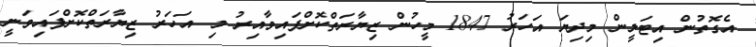
އެގޮތުން އިޓަލީން މިދިޔަ އަހަރު 1847 މީހުން ޒިޔާރަތްކޮށްފައިވާއިރު މި އަހަރު ޒިޔާރަތްކޮށްފައިވަނީ